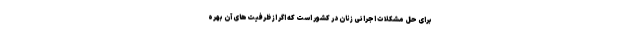
برای حل مشکلات اجرائی زنان در کشور است که اگر از ظرفیت‌های آن بهره